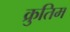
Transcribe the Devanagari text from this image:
क्रुतिम